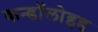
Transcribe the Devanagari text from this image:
कन्डॉलोइड